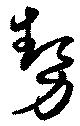
勢